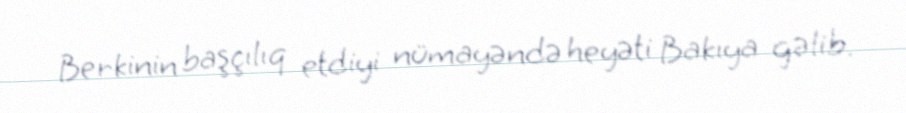
Berkinin başçılıq etdiyi nümayəndə heyəti Bakıya gəlib.